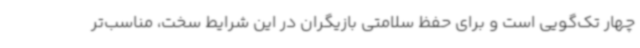
چهار تک‌گویی است و برای حفظ سلامتی بازیگران در این شرایط سخت، مناسب‌تر